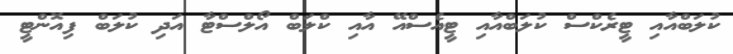
ކުލަބްއާއި ޓީރެކްސް ކުލަބްއާއި ޓީއެސްއޭ އާއި ކްލަބް އޯލްސްޓާ އަދި ކުލަބް ފިއޮންޓީ